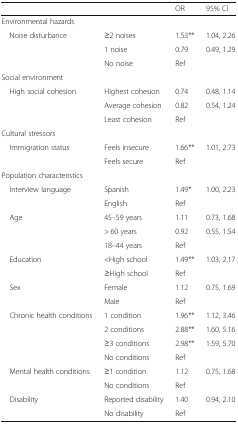
<table><thead><tr><td colspan="2"></td><td><b>OR</b></td><td><b>95% CI</b></td></tr></thead><tbody><tr><td colspan="4">Environmental hazards</td></tr><tr><td rowspan="3"> Noise disturbance</td><td>≥2 noises</td><td>1.53**</td><td>1.04, 2.26</td></tr><tr><td>1 noise</td><td>0.79</td><td>0.49, 1.29</td></tr><tr><td>No noise</td><td>Ref</td><td></td></tr><tr><td colspan="4">Social environment</td></tr><tr><td rowspan="3"> High social cohesion</td><td>Highest cohesion</td><td>0.74</td><td>0.48, 1.14</td></tr><tr><td>Average cohesion</td><td>0.82</td><td>0.54, 1.24</td></tr><tr><td>Least cohesion</td><td>Ref</td><td></td></tr><tr><td colspan="4">Cultural stressors</td></tr><tr><td rowspan="2"> Immigration status</td><td>Feels insecure</td><td>1.66**</td><td>1.01, 2.73</td></tr><tr><td>Feels secure</td><td>Ref</td><td></td></tr><tr><td colspan="4">Population characteristics</td></tr><tr><td rowspan="2"> Interview language</td><td>Spanish</td><td>1.49*</td><td>1.00, 2.23</td></tr><tr><td>English</td><td>Ref</td><td></td></tr><tr><td rowspan="3"> Age</td><td>45–59 years</td><td>1.11</td><td>0.73, 1.68</td></tr><tr><td>&gt; 60 years</td><td>0.92</td><td>0.55, 1.54</td></tr><tr><td>18–44 years</td><td>Ref</td><td></td></tr><tr><td rowspan="2"> Education</td><td>&lt;High school</td><td>1.49**</td><td>1.03, 2.17</td></tr><tr><td>≥High school</td><td>Ref</td><td></td></tr><tr><td rowspan="2"> Sex</td><td>Female</td><td>1.12</td><td>0.75, 1.69</td></tr><tr><td>Male</td><td>Ref</td><td></td></tr><tr><td rowspan="4"> Chronic health conditions</td><td>1 condition</td><td>1.96**</td><td>1.12, 3.46</td></tr><tr><td>2 conditions</td><td>2.88**</td><td>1.60, 5.16</td></tr><tr><td>≥3 conditions</td><td>2.98**</td><td>1.59, 5.70</td></tr><tr><td>No conditions</td><td>Ref</td><td></td></tr><tr><td rowspan="2"> Mental health conditions</td><td>≥1 condition</td><td>1.12</td><td>0.75, 1.68</td></tr><tr><td>No conditions</td><td>Ref</td><td></td></tr><tr><td rowspan="2"> Disability</td><td>Reported disability</td><td>1.40</td><td>0.94, 2.10</td></tr><tr><td>No disability</td><td>Ref</td><td></td></tr></tbody></table>